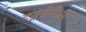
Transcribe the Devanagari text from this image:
ट्यूनीशिआ